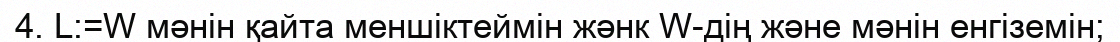
4. L:=W мәнін қайта меншіктеймін жәнк W-дің және мәнін енгіземін;